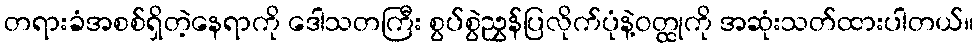
တရားခံအစစ်ရှိတဲ့နေရာကို ဒေါသတကြီး စွပ်စွဲညွှန်ပြလိုက်ပုံနဲ့ဝတ္ထုကို အဆုံးသတ်ထားပါတယ်။